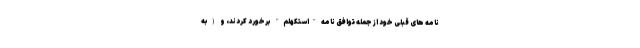
نامه های قبلی خود از جمله توافق نامه "استكهلم" برخورد کردند، و (به